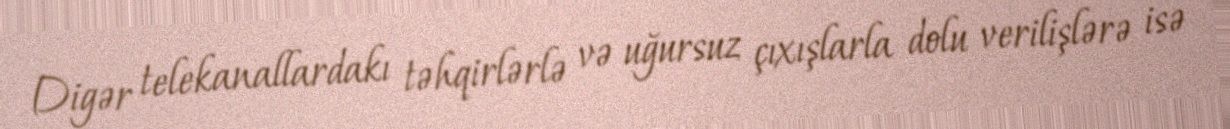
Digər telekanallardakı təhqirlərlə və uğursuz çıxışlarla dolu verilişlərə isə